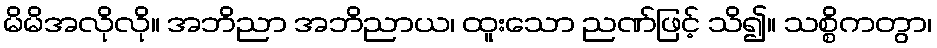
မိမိအလိုလို။ အဘိညာ အဘိညာယ၊ ထူးသော ညဏ်ဖြင့် သိ၍။ သစ္စိကတွာ၊